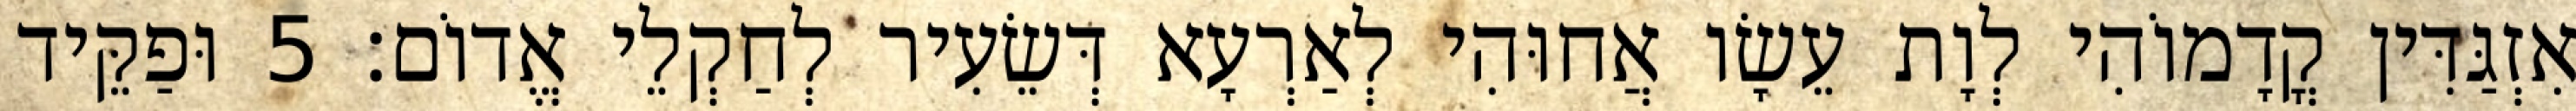
אִזְגַּדִּין קֳדָמוֹהִי לְוָת עֵשָׂו אֲחוּהִי לְאַרְעָא דְּשֵׂעִיר לְחַקְלֵי אֱדוֹם׃ 5 וּפַקֵּיד